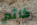
كاتم